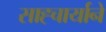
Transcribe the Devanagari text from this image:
साह्चार्याने